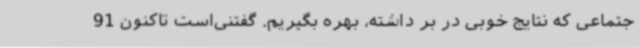
جتماعی که نتایج خوبی در بر داشته، بهره بگیریم. گفتنی‌است تاکنون 91